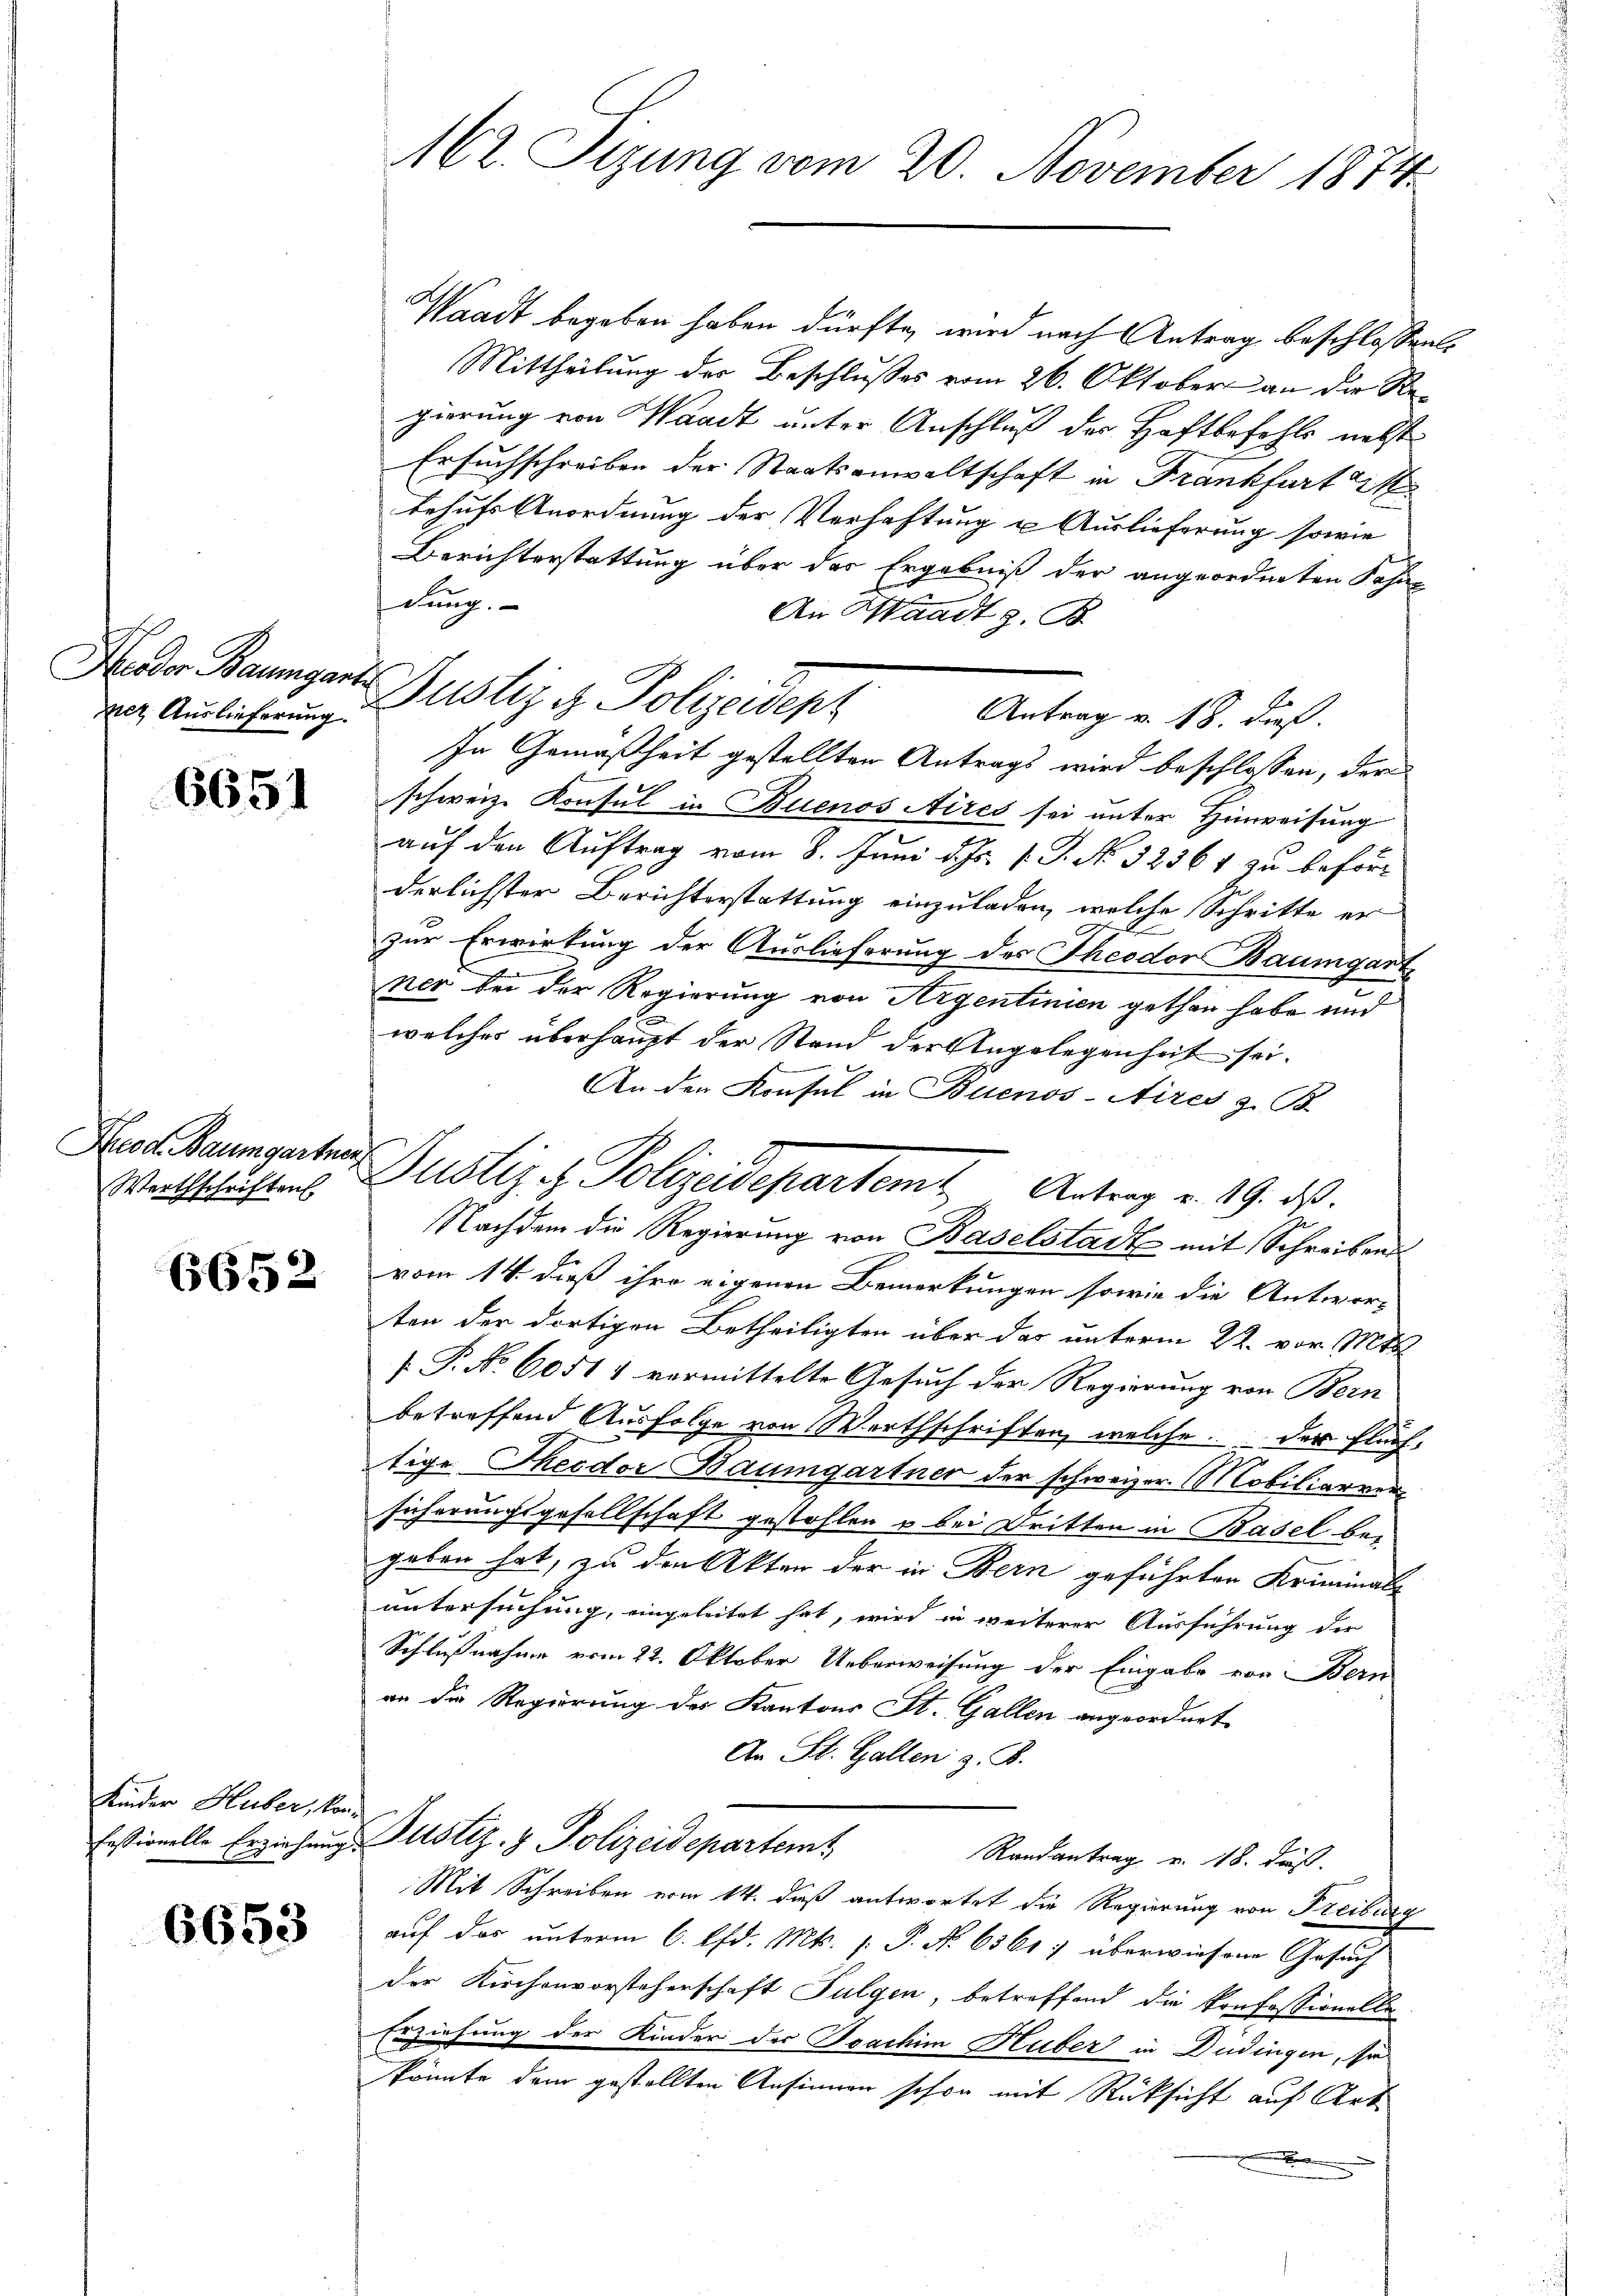
it Auslieferung.

6651

Neod. Baumgartner
Werthschriften.

6652

Kinder Huber, konfessionelle Erziehung.

6653

62. Tizung vom 20. November 1874

Waadt begeben haben dürfte, wird nach Antrag beschlossen.
Mittheilung der Beschlußes vom 26. Oktober an die Regierung von Waadt unter Anschluß der Haftbefehls nebst
Ersuchschreiben der Staatsanwaltschaft in Frankfurt M
behufs Anordnung der Verhaftung u Auslieferung sowie
Berichterstattung über das Ergebniß der angeordneten Sohne
dung.
An Waadt z. B.
Antrag v. 18. dieß.
In Gemäßheit gestellten Antrags wird beschlossen, der
schweiz. Konsul in Buenos Aires sei unter Hinweisung
auf den Auftrag vom 8. Juni d. Js. v. J. No. 52364 zu beförderlichster Berichterstattung einzuladen, welche Schritte er
zur Erwirkung der Auslieferung des Theodor Baumgart
ner bei der Regierung von Argentinien gethan habe und
.
welches überhaupt der Stand der Angelegenheit sei.
An den Konsul in Buenos-Aires z. B.
Nachdem die Regierung von Baselstadt mit Schreibens
vom 14. dieß ihre eigenen Bemerkungen sowie die Antworten der dortigen Betheiligten über das unterm 22. vor. Mts.
[ P. Nr. 6051 1 vermittelte Gesuch der Regierung von Bern
betreffend Ausfolge von Werthschriften, welche der Fluchtige Theodor Baumgartner der schweizer. Mobiliarver
sicherungsgesellschaft gestohlen u bei Dritten in Basel begeben hat, zu den Akten der in Bern geführten Kriminal-
untersuchung, eingeleitet hat, wird in weiterer Ausführung der
Schlußnahme vom 22. Oktober Ueberweisung der Eingabe von Bern
an die Regierung des Kantons St. Gallen angeordnet
An St. Gallen z. B.
Justiz- & Polizeidepartemt
Randantrag v. 18. daß
Mit Schreiben vom 14. dieß antwortet die Regierung von Freiburg
auf das unterm 6. d. Mts. 1. P. No. 65617 überwiesene Gesuch
der Kirchenvorsteherschaft Fulgen, betreffend die Konfessionelle
Erziehung der Kinder der Joachim Huber in Düdingen, sie
könnte dem gestellten Ansinnen schon mit Rücksicht auf Art.
.

Hader Baumgart Rustiz & Polizeident

Justiz & Polizeidepartemt. Antrag v. 19. ds.